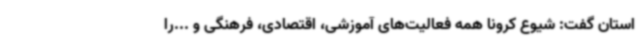
استان گفت: شیوع کرونا همه فعالیت‌های آموزشی، اقتصادی، فرهنگی و ...را